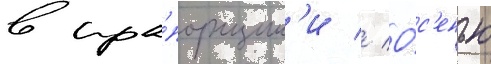
в пра́порщик'и // О́с'енью